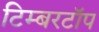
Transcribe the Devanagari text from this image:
टिम्बरटॉप